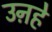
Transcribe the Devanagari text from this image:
उऩहे